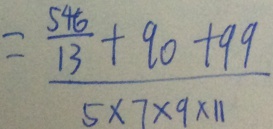
= \frac { \frac { 5 4 6 } { 1 3 } + 9 0 + 9 9 } { 5 \times 7 \times 9 \times 1 1 }